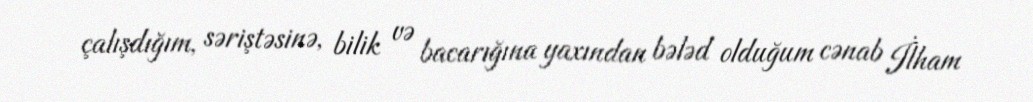
çalışdığım, səriştəsinə, bilik və bacarığına yaxından bələd olduğum cənab İlham